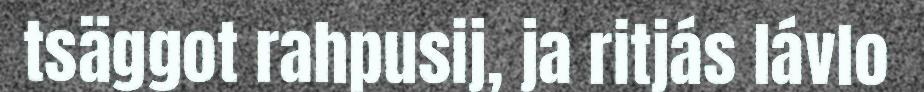
tsäggot rahpusij, ja ritjás lávlo